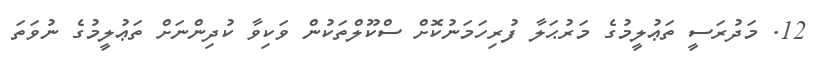
12. މަދުރަސީ ތަޢުލީމުގެ މަރުޙަލާ ފުރިހަމަނުކޮށް ސްކޫލްތަކުން ވަކިވާ ކުދިންނަށް ތަޢުލީމުގެ ނުވަތަ